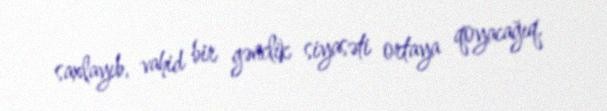
saxlayıb, vahid bir gənclik siyasəti ortaya qoyacağıq.